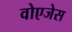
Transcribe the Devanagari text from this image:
वोएजेस